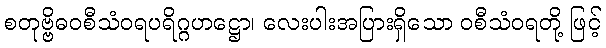
စတုဗ္ဗိဓဝစီသံဝရပရိဂ္ဂဟဋ္ဌော၊ လေးပါးအပြားရှိသော ဝစီသံဝရတို့ ဖြင့်